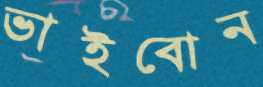
ভাইবোন